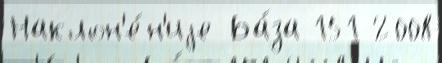
Наклон'е́н'иjе Ба́за 151 2008